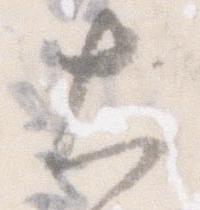
大